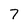
Character: 7